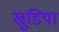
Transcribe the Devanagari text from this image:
खुडिया